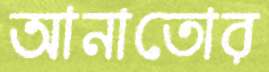
আনাতোর